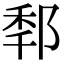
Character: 𨛲